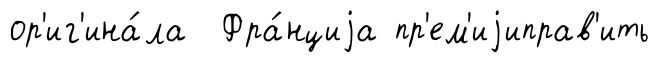
ор'иг'ина́ла Фра́нциjа пр'ем'иjиправ'ить